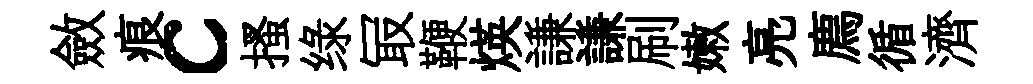
斂痕c搔绿冣鞭煐謙謙刷嫩亮廌循濟